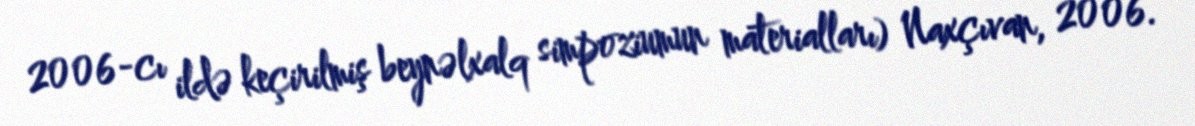
2006-cı ildə keçirilmiş beynəlxalq simpoziumun materialları) Naxçıvan, 2006.